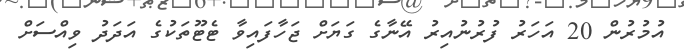
އުމުރުން 20 އަހަރު ފުރުނުއިރު އޭނާގެ ގަޔަށް ޖަހާފައިވާ ޓެޓޫތަކުގެ އަދަދު ވިއްސަށް